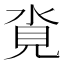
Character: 𪶂